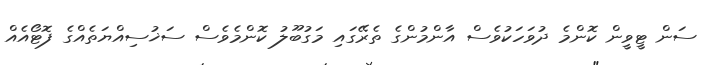
ސަން ޓީވީން ކޮންމެ ދުވަހަކުވެސް އާންމުންގެ ތެރޭގައި މަގުބޫލު ކޮންމެވެސް ސަޚުސިއްޔަތެއްގެ ފޮޓޯއެއް